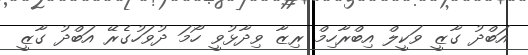
އަބްދު ގާޒީ ވަކީލް އިބްރާހިމް ރިޒާ ވިދާޅުވީ ހޯމަ ދުވަހުގެރޭ އަބްދު ގާޒީ